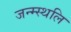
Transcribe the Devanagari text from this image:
जन्म्स्थलि